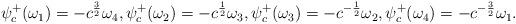
LaTeX: \begin{align*}\begin{aligned}\psi_c^+(\omega_1) = -c^{\frac{3}{2}}\omega_4, \psi_c^+(\omega_2) = -c^{\frac{1}{2}}\omega_3, \psi_c^+(\omega_3) = -c^{-\frac{1}{2}}\omega_2, \psi_c^+(\omega_4) = -c^{-\frac{3}{2}}\omega_1. \end{aligned}\end{align*}